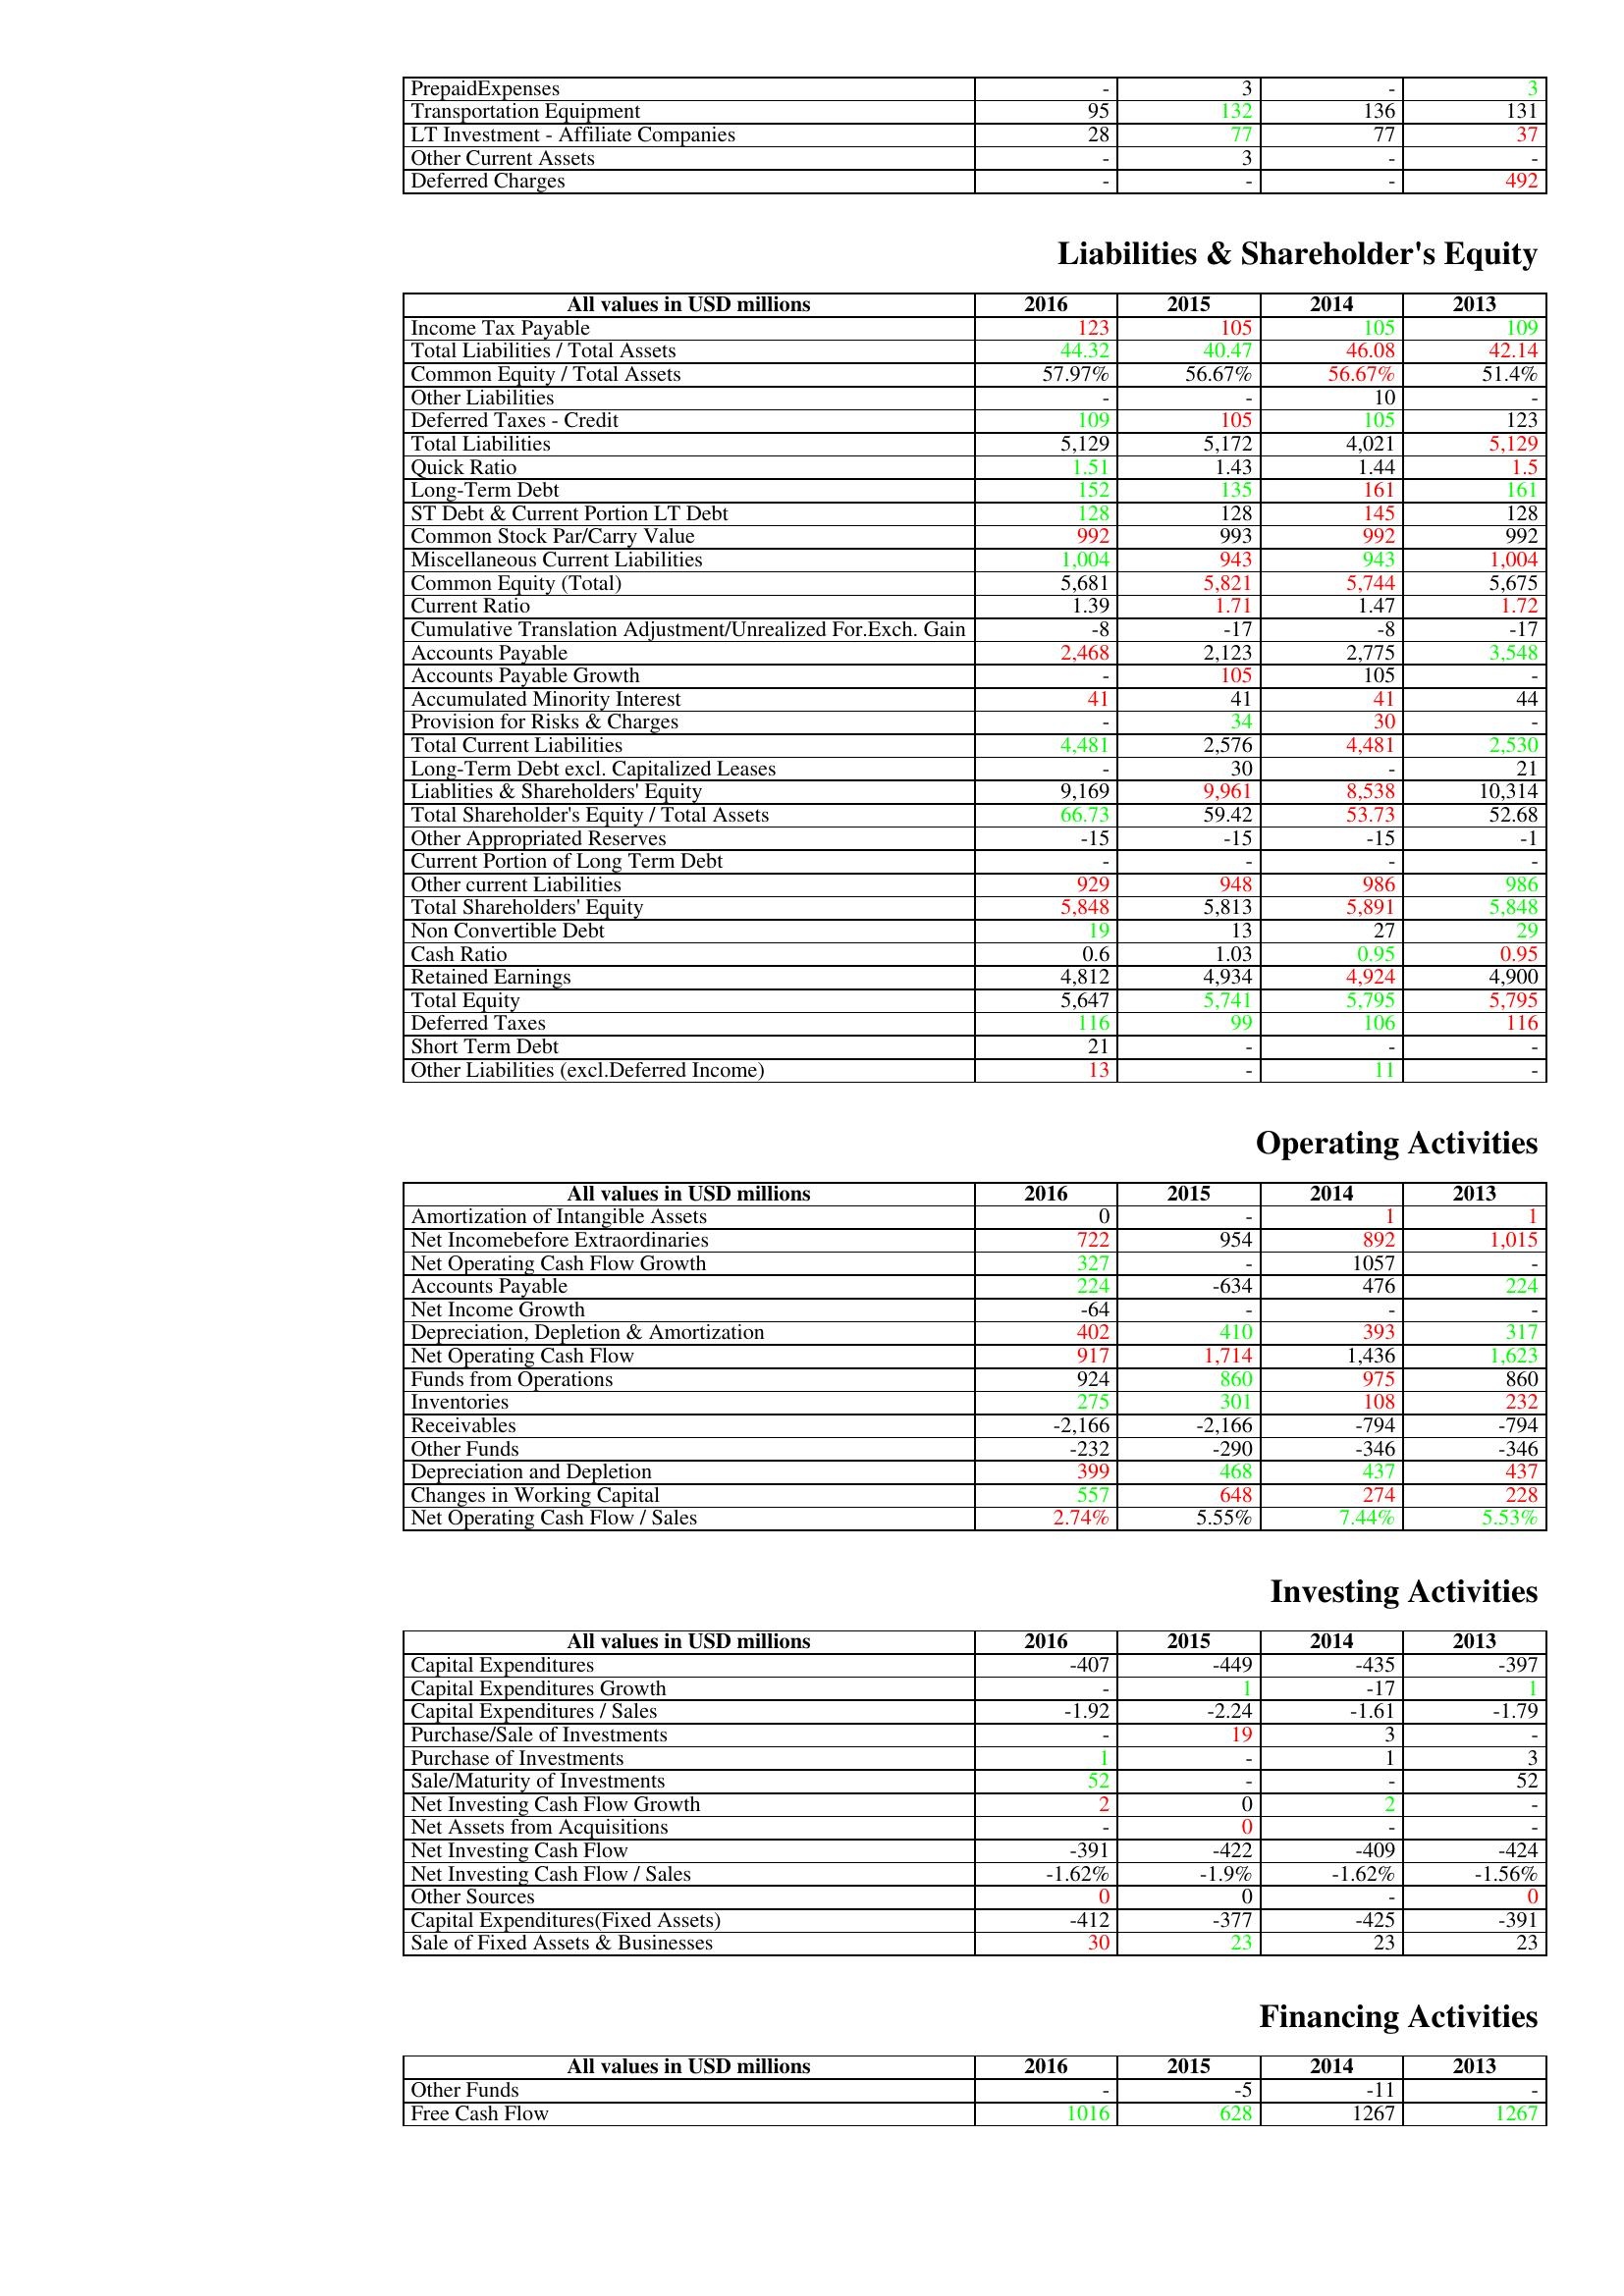
gt_parse: 2016: Assets: PrepaidExpenses: -
Transportation Equipment: 95
LT Investment - Affiliate Companies: 28
Other Current Assets: -
Deferred Charges: -
Liabilities & Shareholder's Equity: Income Tax Payable: 123
Total Liabilities / Total Assets: 44.32
Common Equity / Total Assets: 57.97%
Other Liabilities: -
Deferred Taxes - Credit: 109
Total Liabilities: 5,129
Quick Ratio: 1.51
Long-Term Debt: 152
ST Debt & Current Portion LT Debt: 128
Common Stock Par/Carry Value: 992
Miscellaneous Current Liabilities: 1,004
Common Equity (Total): 5,681
Current Ratio: 1.39
Cumulative Translation Adjustment/Unrealized For.Exch. Gain: -8
Accounts Payable: 2,468
Accounts Payable Growth: -
Accumulated Minority Interest: 41
Provision for Risks & Charges: -
Total Current Liabilities: 4,481
Long-Term Debt excl. Capitalized Leases: -
Liablities & Shareholders' Equity: 9,169
Total Shareholder's Equity / Total Assets: 66.73
Other Appropriated Reserves: -15
Current Portion of Long Term Debt: -
Other current Liabilities: 929
Total Shareholders' Equity: 5,848
Non Convertible Debt: 19
Cash Ratio: 0.6
Retained Earnings: 4,812
Total Equity: 5,647
Deferred Taxes: 116
Short Term Debt: 21
Other Liabilities (excl.Deferred Income): 13
Operating Activities: Amortization of Intangible Assets: 0
Net Incomebefore Extraordinaries: 722
Net Operating Cash Flow Growth: 327
Accounts Payable: 224
Net Income Growth: -64
Depreciation, Depletion & Amortization: 402
Net Operating Cash Flow: 917
Funds from Operations: 924
Inventories: 275
Receivables: -2,166
Other Funds: -232
Depreciation and Depletion: 399
Changes in Working Capital: 557
Net Operating Cash Flow / Sales: 2.74%
Investing Activities: Capital Expenditures: -407
Capital Expenditures Growth: -
Capital Expenditures / Sales: -1.92
Purchase/Sale of Investments: -
Purchase of Investments: 1
Sale/Maturity of Investments: 52
Net Investing Cash Flow Growth: 2
Net Assets from Acquisitions: -
Net Investing Cash Flow: -391
Net Investing Cash Flow / Sales: -1.62%
Other Sources: 0
Capital Expenditures(Fixed Assets): -412
Sale of Fixed Assets & Businesses: 30
Financing Activities: Other Funds: -
Free Cash Flow: 1016
2015: Assets: PrepaidExpenses: 3
Transportation Equipment: 132
LT Investment - Affiliate Companies: 77
Other Current Assets: 3
Deferred Charges: -
Liabilities & Shareholder's Equity: Income Tax Payable: 105
Total Liabilities / Total Assets: 40.47
Common Equity / Total Assets: 56.67%
Other Liabilities: -
Deferred Taxes - Credit: 105
Total Liabilities: 5,172
Quick Ratio: 1.43
Long-Term Debt: 135
ST Debt & Current Portion LT Debt: 128
Common Stock Par/Carry Value: 993
Miscellaneous Current Liabilities: 943
Common Equity (Total): 5,821
Current Ratio: 1.71
Cumulative Translation Adjustment/Unrealized For.Exch. Gain: -17
Accounts Payable: 2,123
Accounts Payable Growth: 105
Accumulated Minority Interest: 41
Provision for Risks & Charges: 34
Total Current Liabilities: 2,576
Long-Term Debt excl. Capitalized Leases: 30
Liablities & Shareholders' Equity: 9,961
Total Shareholder's Equity / Total Assets: 59.42
Other Appropriated Reserves: -15
Current Portion of Long Term Debt: -
Other current Liabilities: 948
Total Shareholders' Equity: 5,813
Non Convertible Debt: 13
Cash Ratio: 1.03
Retained Earnings: 4,934
Total Equity: 5,741
Deferred Taxes: 99
Short Term Debt: -
Other Liabilities (excl.Deferred Income): -
Operating Activities: Amortization of Intangible Assets: -
Net Incomebefore Extraordinaries: 954
Net Operating Cash Flow Growth: -
Accounts Payable: -634
Net Income Growth: -
Depreciation, Depletion & Amortization: 410
Net Operating Cash Flow: 1,714
Funds from Operations: 860
Inventories: 301
Receivables: -2,166
Other Funds: -290
Depreciation and Depletion: 468
Changes in Working Capital: 648
Net Operating Cash Flow / Sales: 5.55%
Investing Activities: Capital Expenditures: -449
Capital Expenditures Growth: 1
Capital Expenditures / Sales: -2.24
Purchase/Sale of Investments: 19
Purchase of Investments: -
Sale/Maturity of Investments: -
Net Investing Cash Flow Growth: 0
Net Assets from Acquisitions: 0
Net Investing Cash Flow: -422
Net Investing Cash Flow / Sales: -1.9%
Other Sources: 0
Capital Expenditures(Fixed Assets): -377
Sale of Fixed Assets & Businesses: 23
Financing Activities: Other Funds: -5
Free Cash Flow: 628
2014: Assets: PrepaidExpenses: -
Transportation Equipment: 136
LT Investment - Affiliate Companies: 77
Other Current Assets: -
Deferred Charges: -
Liabilities & Shareholder's Equity: Income Tax Payable: 105
Total Liabilities / Total Assets: 46.08
Common Equity / Total Assets: 56.67%
Other Liabilities: 10
Deferred Taxes - Credit: 105
Total Liabilities: 4,021
Quick Ratio: 1.44
Long-Term Debt: 161
ST Debt & Current Portion LT Debt: 145
Common Stock Par/Carry Value: 992
Miscellaneous Current Liabilities: 943
Common Equity (Total): 5,744
Current Ratio: 1.47
Cumulative Translation Adjustment/Unrealized For.Exch. Gain: -8
Accounts Payable: 2,775
Accounts Payable Growth: 105
Accumulated Minority Interest: 41
Provision for Risks & Charges: 30
Total Current Liabilities: 4,481
Long-Term Debt excl. Capitalized Leases: -
Liablities & Shareholders' Equity: 8,538
Total Shareholder's Equity / Total Assets: 53.73
Other Appropriated Reserves: -15
Current Portion of Long Term Debt: -
Other current Liabilities: 986
Total Shareholders' Equity: 5,891
Non Convertible Debt: 27
Cash Ratio: 0.95
Retained Earnings: 4,924
Total Equity: 5,795
Deferred Taxes: 106
Short Term Debt: -
Other Liabilities (excl.Deferred Income): 11
Operating Activities: Amortization of Intangible Assets: 1
Net Incomebefore Extraordinaries: 892
Net Operating Cash Flow Growth: 1057
Accounts Payable: 476
Net Income Growth: -
Depreciation, Depletion & Amortization: 393
Net Operating Cash Flow: 1,436
Funds from Operations: 975
Inventories: 108
Receivables: -794
Other Funds: -346
Depreciation and Depletion: 437
Changes in Working Capital: 274
Net Operating Cash Flow / Sales: 7.44%
Investing Activities: Capital Expenditures: -435
Capital Expenditures Growth: -17
Capital Expenditures / Sales: -1.61
Purchase/Sale of Investments: 3
Purchase of Investments: 1
Sale/Maturity of Investments: -
Net Investing Cash Flow Growth: 2
Net Assets from Acquisitions: -
Net Investing Cash Flow: -409
Net Investing Cash Flow / Sales: -1.62%
Other Sources: -
Capital Expenditures(Fixed Assets): -425
Sale of Fixed Assets & Businesses: 23
Financing Activities: Other Funds: -11
Free Cash Flow: 1267
2013: Assets: PrepaidExpenses: 3
Transportation Equipment: 131
LT Investment - Affiliate Companies: 37
Other Current Assets: -
Deferred Charges: 492
Liabilities & Shareholder's Equity: Income Tax Payable: 109
Total Liabilities / Total Assets: 42.14
Common Equity / Total Assets: 51.4%
Other Liabilities: -
Deferred Taxes - Credit: 123
Total Liabilities: 5,129
Quick Ratio: 1.5
Long-Term Debt: 161
ST Debt & Current Portion LT Debt: 128
Common Stock Par/Carry Value: 992
Miscellaneous Current Liabilities: 1,004
Common Equity (Total): 5,675
Current Ratio: 1.72
Cumulative Translation Adjustment/Unrealized For.Exch. Gain: -17
Accounts Payable: 3,548
Accounts Payable Growth: -
Accumulated Minority Interest: 44
Provision for Risks & Charges: -
Total Current Liabilities: 2,530
Long-Term Debt excl. Capitalized Leases: 21
Liablities & Shareholders' Equity: 10,314
Total Shareholder's Equity / Total Assets: 52.68
Other Appropriated Reserves: -1
Current Portion of Long Term Debt: -
Other current Liabilities: 986
Total Shareholders' Equity: 5,848
Non Convertible Debt: 29
Cash Ratio: 0.95
Retained Earnings: 4,900
Total Equity: 5,795
Deferred Taxes: 116
Short Term Debt: -
Other Liabilities (excl.Deferred Income): -
Operating Activities: Amortization of Intangible Assets: 1
Net Incomebefore Extraordinaries: 1,015
Net Operating Cash Flow Growth: -
Accounts Payable: 224
Net Income Growth: -
Depreciation, Depletion & Amortization: 317
Net Operating Cash Flow: 1,623
Funds from Operations: 860
Inventories: 232
Receivables: -794
Other Funds: -346
Depreciation and Depletion: 437
Changes in Working Capital: 228
Net Operating Cash Flow / Sales: 5.53%
Investing Activities: Capital Expenditures: -397
Capital Expenditures Growth: 1
Capital Expenditures / Sales: -1.79
Purchase/Sale of Investments: -
Purchase of Investments: 3
Sale/Maturity of Investments: 52
Net Investing Cash Flow Growth: -
Net Assets from Acquisitions: -
Net Investing Cash Flow: -424
Net Investing Cash Flow / Sales: -1.56%
Other Sources: 0
Capital Expenditures(Fixed Assets): -391
Sale of Fixed Assets & Businesses: 23
Financing Activities: Other Funds: -
Free Cash Flow: 1267